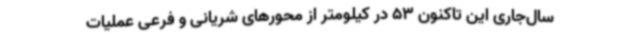
سال‌جاری این تاکنون 53 در کیلومتر از محورهای شریانی و فرعی عملیات